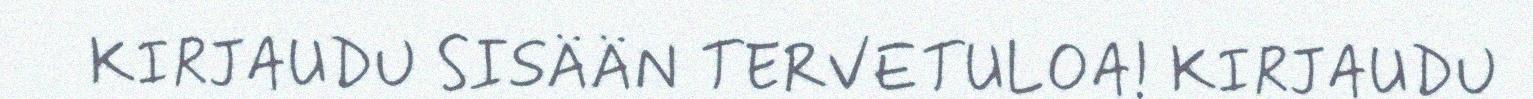
KIRJAUDU SISÄÄN TERVETULOA! KIRJAUDU